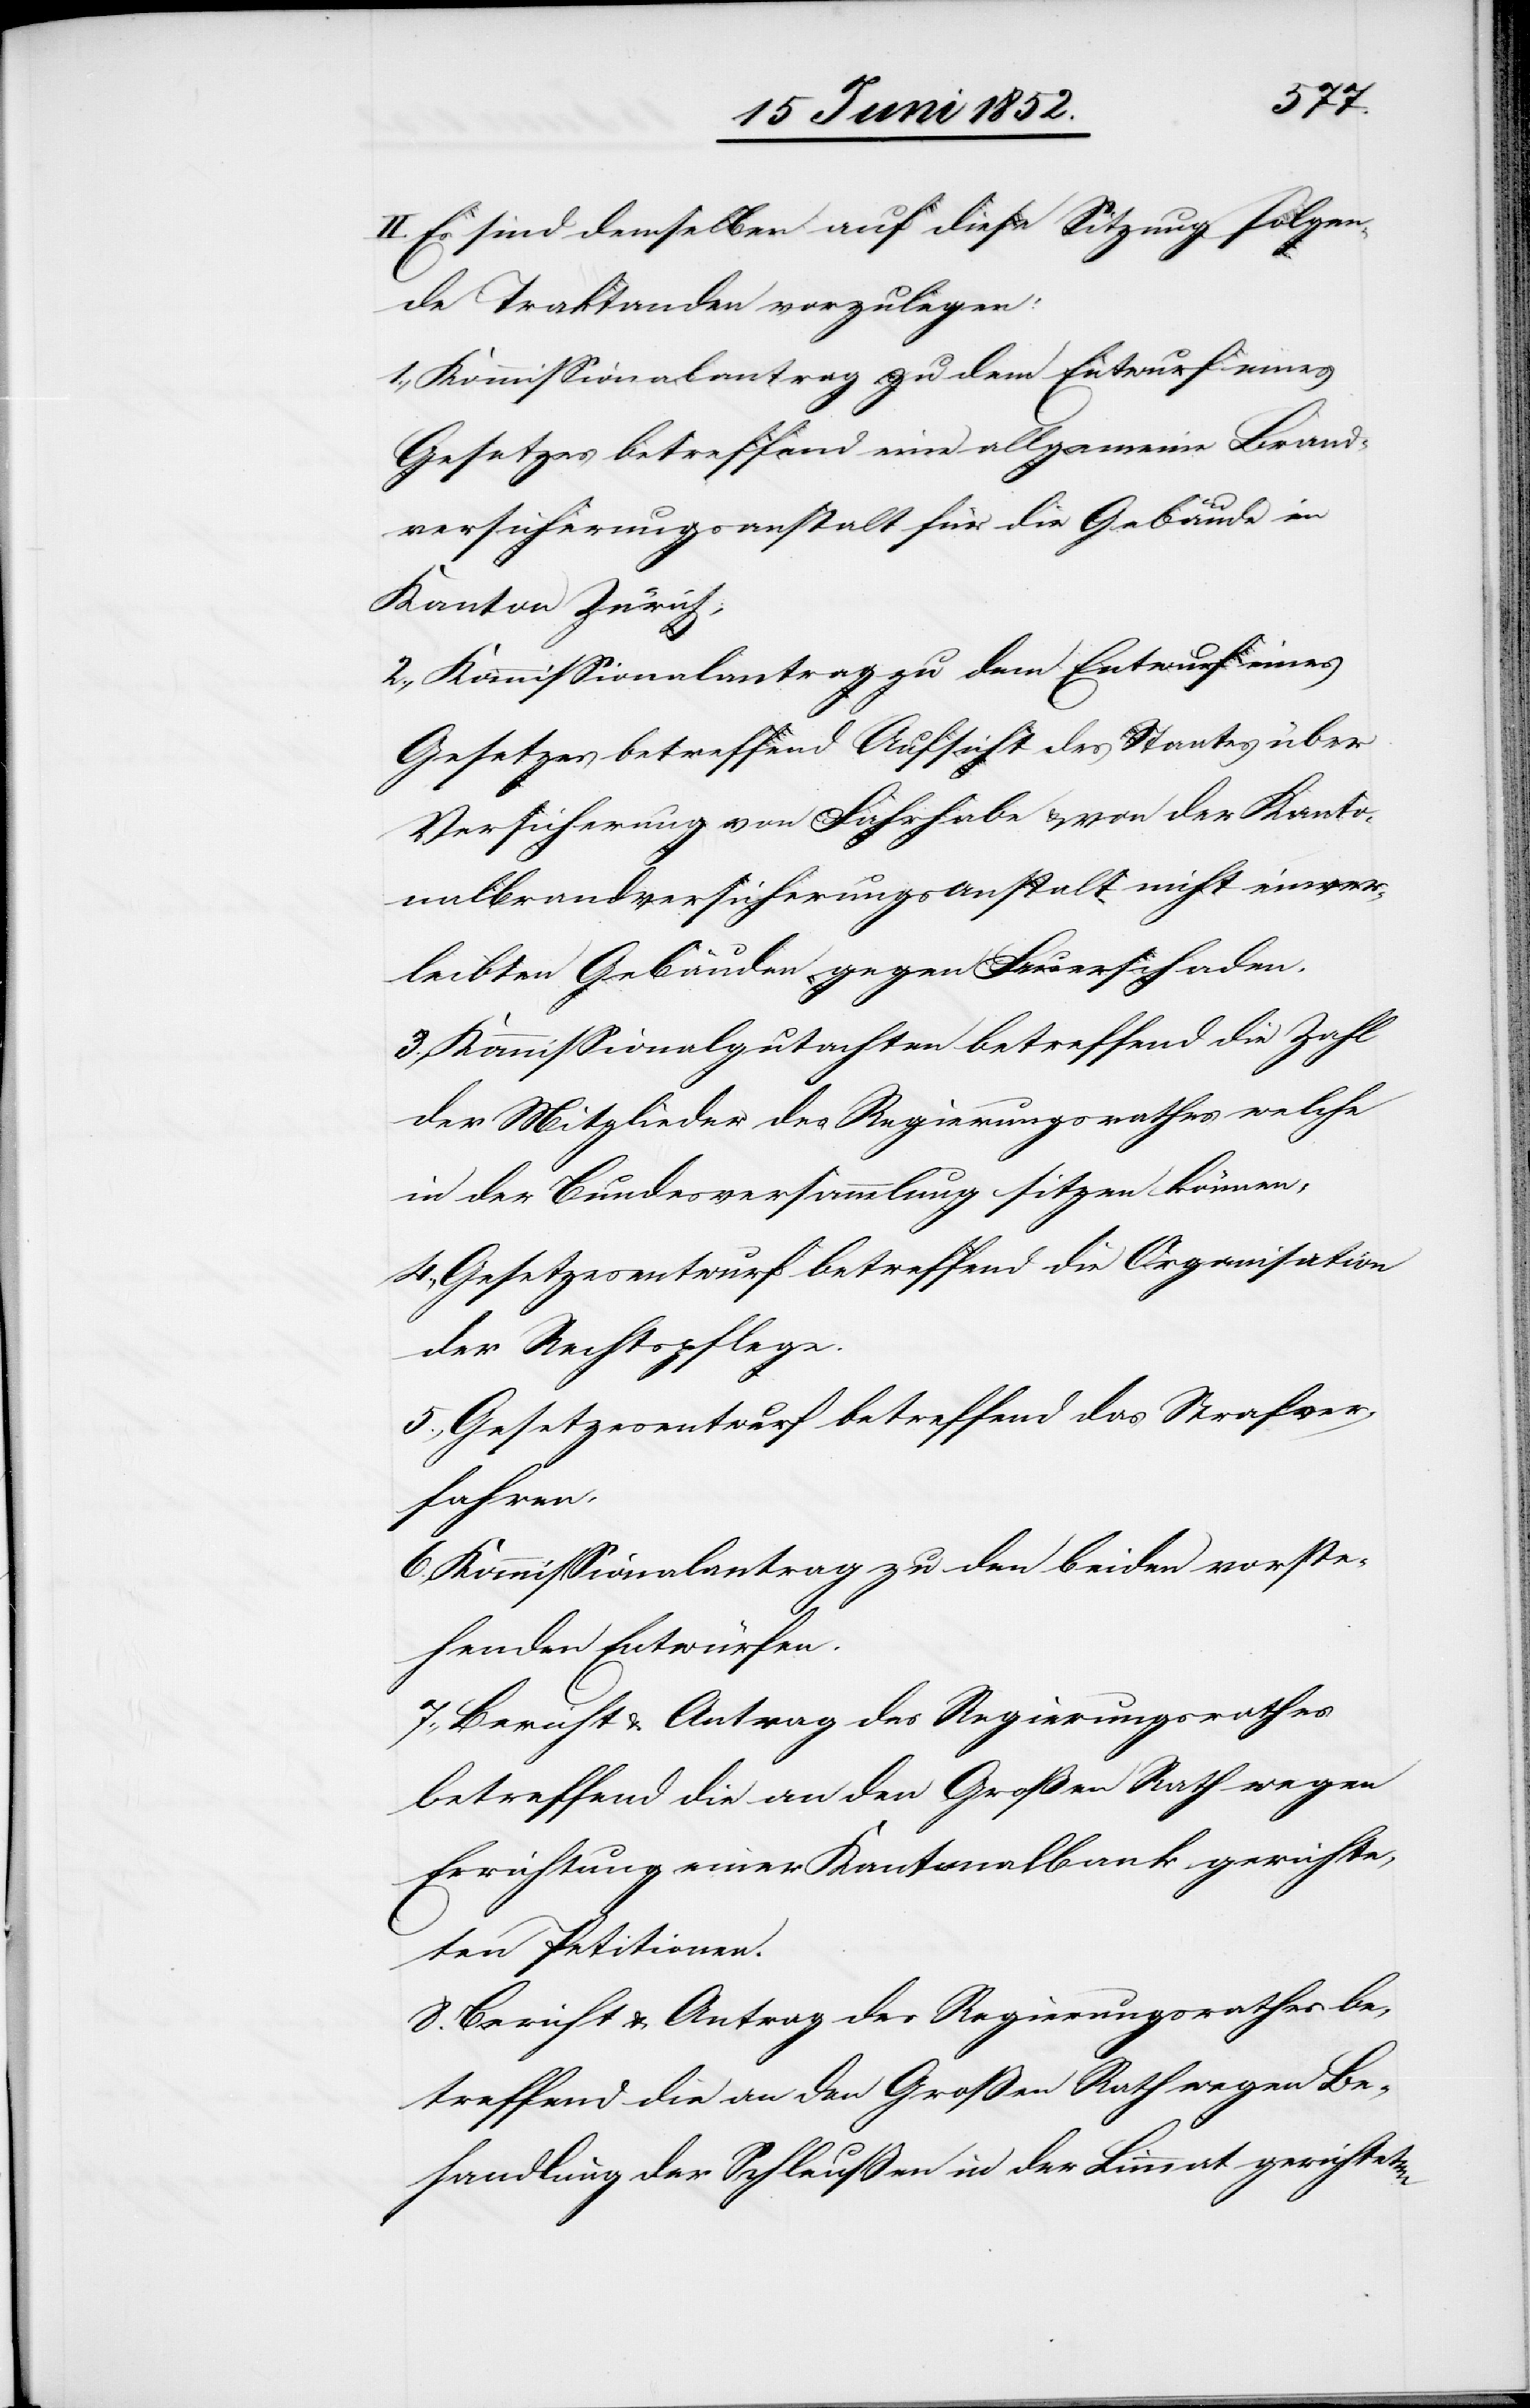
II. Es sind demselben auf diese Sitzung folgen¬
de Traktanden vorzulegen:
Kommissionalantrag zu dem Entwurf eines
Gesetzes betreffend eine allgemeine Brand¬
versicherungsanstalt für die Gebäude im
Kanton Zürich;
Gesetzes betreffend Aufsicht des Staates über
Versicherung von Fahrhabe & von der Kanto¬
nalbrandversicherungsanstalt nicht einver¬
leibten Gebäuden gegen Feuerschaden.
Kommissionalgutachten betreffend die Zahl
der Mitglieder des Regierungsrathes welche
in der Bundesversammlung sitzen können;
Gesetzesentwurf betreffend die Organisation
der Rechtspflege.
Gesetzesentwurf betreffend das Strafver¬
fahren.
Kommissionalantrag zu den beiden vorste¬
henden Entwürfen.
Bericht & Antrag des Regierungsrathes
betreffend die an den Großen Rath wegen
Errichtung einer Kantonalbank gerichte¬
ten Petitionen.
Bericht & Antrag des Regierungsrathes be¬
treffend die an den Großen Rath wegen Be¬
handlung der Schleußen in der Limmat gerichteten